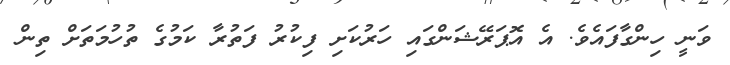
ވަނީ ހިންގާފައެވެ. އެ އޮޕަރޭޝަންގައި ހަރުކަށި ފިކުރު ފަތުރާ ކަމުގެ ތުހުމަތަށް ތިން